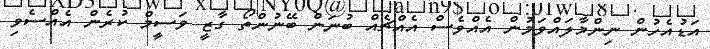
އަޑުއެހުން ނިންމާލައްވަމުން އެއްވެސް އެއްޗެއް ބުނަން ބޭނުންތޯ ގާޒީ ވަސީމް ކުރެން އެއްސެވި